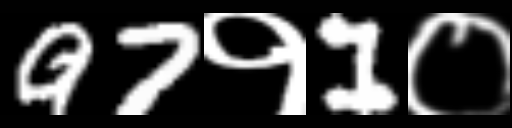
Text: 97१1०